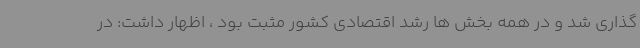
گذاری شد و در همه بخش ها رشد اقتصادی کشور مثبت بود ، اظهار داشت: در